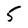
Character: 5